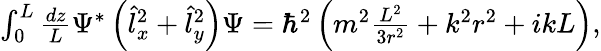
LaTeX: \begin{array}{r}{\int_{0}^{L}\frac{dz}{L}\Psi^{*}\left(\hat{l}_{x}^{2}+\hat{l}_{y}^{2}\right)\Psi=\hbar^{2}\left(m^{2}\frac{L^{2}}{3r^{2}}+k^{2}r^{2}+ikL\right),}\end{array}